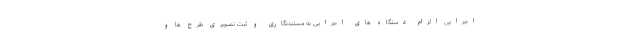
اجرایی الزام دستگاه های اجرایی به مستندنگاری و ثبت تصویری طرح ها و